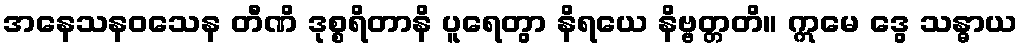
အနေသနဝသေန တီဏိ ဒုစ္စရိတာနိ ပူရေတွာ နိရယေ နိဗ္ဗတ္တတိ။ ဣမေ ဒွေ သန္ဓာယ